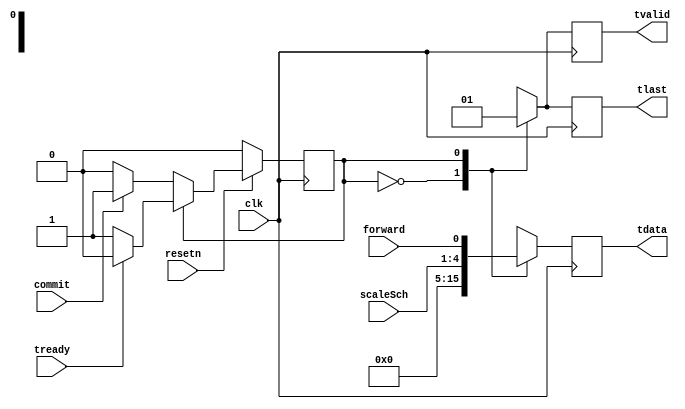
module fft_config #(
  parameter integer SCALE_SCH_WIDTH = 4,
  parameter integer CONFIG_WIDTH = 8
) (
  input wire clk,
  input wire resetn,

  input wire [SCALE_SCH_WIDTH-1:0] scaleSch,
  input wire forward,

  input wire        tready,
  output reg        tvalid,
  output reg        tlast,
  output reg [CONFIG_WIDTH-1:0] tdata,

  input wire commit
);
  // Definitions
  localparam STATE_IDLE = 0;
  localparam STATE_TRANSMIT = 1;

  // State machine registers
  reg currState = 0;
  reg nextState = 0;

  always @(*) begin
    if (resetn == 0) begin
      nextState = STATE_IDLE;

    end else if (currState == STATE_IDLE) begin
      if (commit == 1) begin
        nextState = STATE_TRANSMIT;
      end else begin
        nextState = STATE_IDLE;
      end

    end else if (currState == STATE_TRANSMIT) begin
      if (tready == 1) begin
        nextState = STATE_IDLE;
      end else begin
        nextState = STATE_TRANSMIT;
      end

    end else begin
      nextState = STATE_IDLE;
    end
  end

  always @(posedge clk) begin
    case (currState)
      STATE_IDLE: begin
        tvalid <= 0;
        tlast <= 0;
        tdata <= 0;
      end

      STATE_TRANSMIT: begin
        // Load data
        tvalid <= 1;
        tlast <= 1;
        tdata <= {scaleSch, forward};
      end
      // default: Unreachable
    endcase

    // advance state
    currState <= nextState;
  end
endmodule